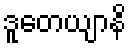
ဒူတေယျာနိ